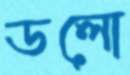
ডলো